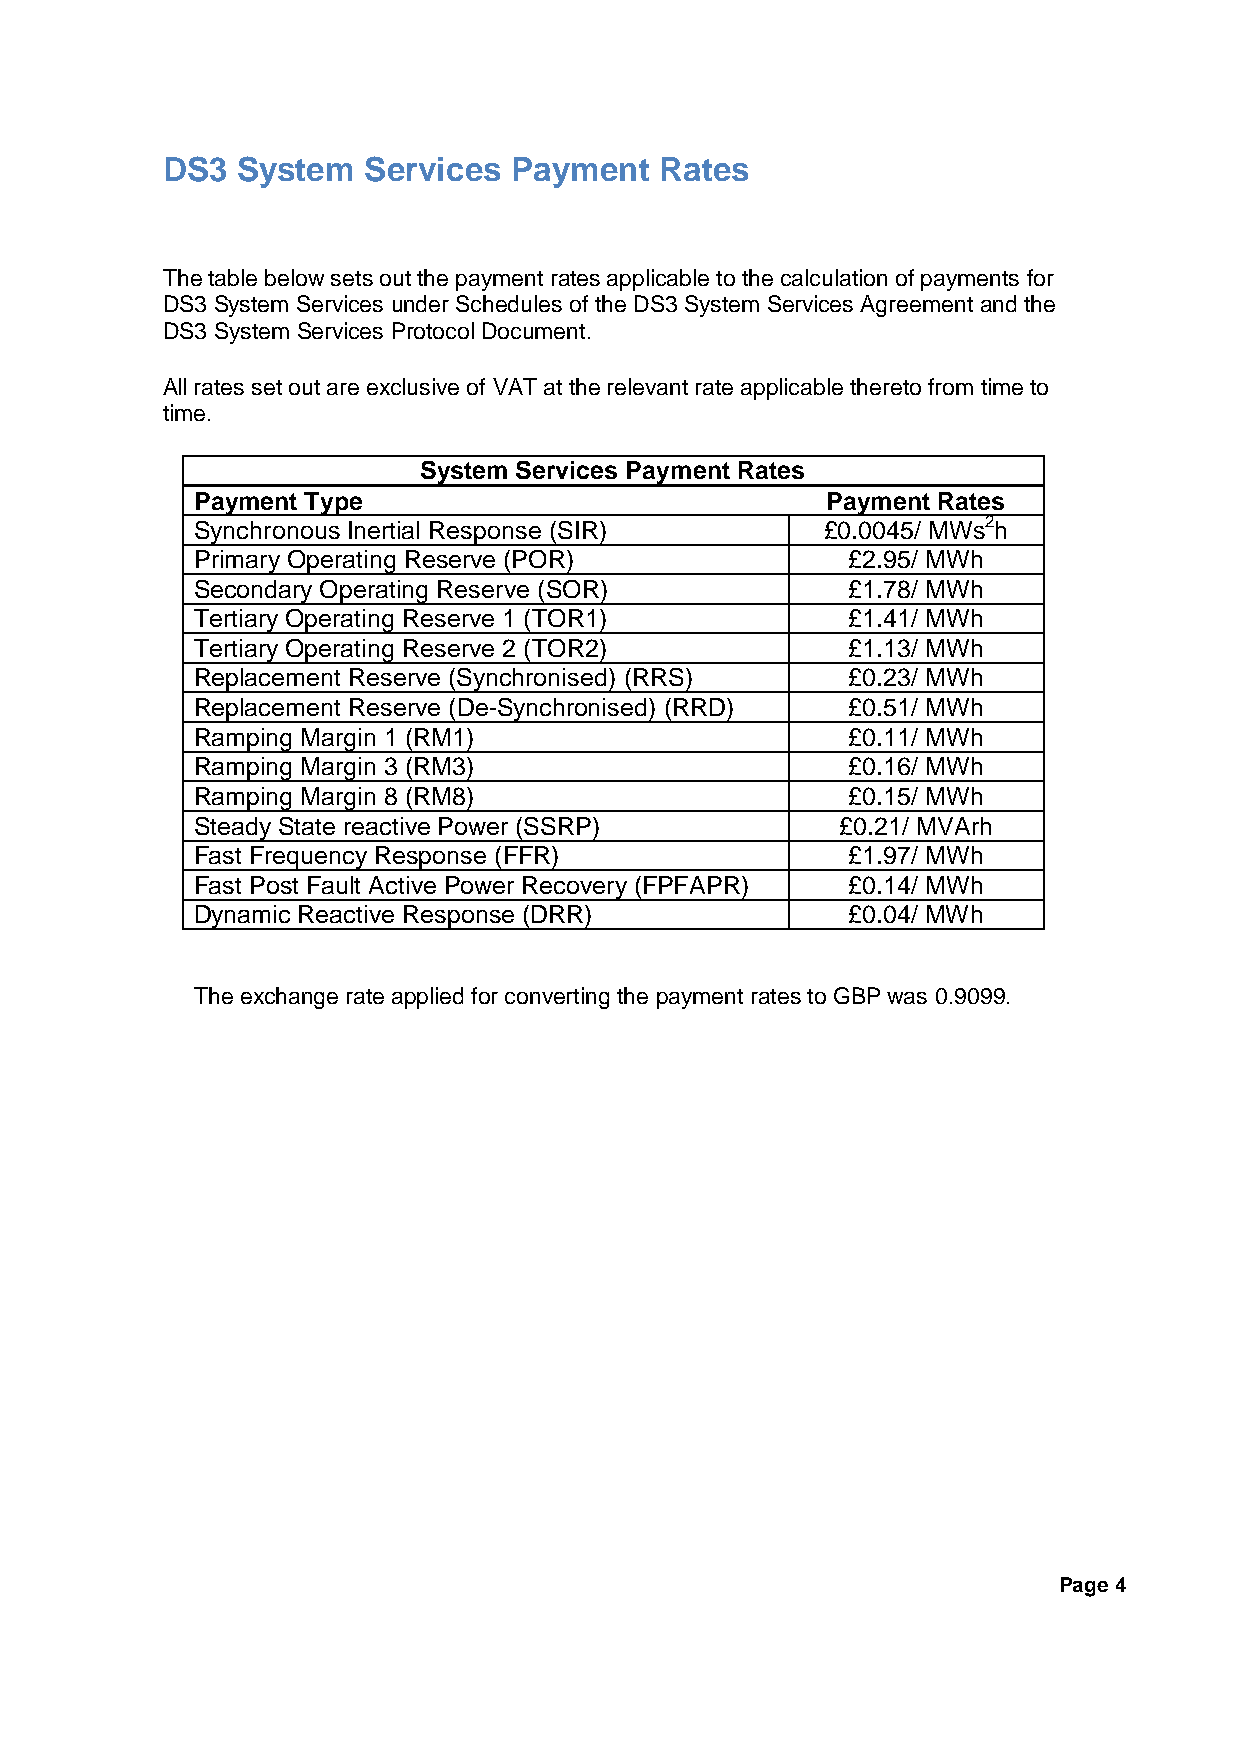
DS3  System  Services  Payment   Rates
 The table below sets out the payment rates applicable to the calculation of payments for
 DS3 System Services under Schedules of the DS3 System Services Agreement and the
 DS3 System Services Protocol Document.
 All rates set out are exclusive of VAT at the relevant rate applicable thereto from time to
 time.
 System Services Payment Rates
 Payment Type                              Payment Rates
 Synchronous Inertial Response (SIR)       £0.0045/ MWs2h
 Primary Operating Reserve (POR)            £2.95/ MWh
 Secondary Operating Reserve (SOR)          £1.78/ MWh
 Tertiary Operating Reserve 1 (TOR1)        £1.41/ MWh
 Tertiary Operating Reserve 2 (TOR2)        £1.13/ MWh
 Replacement Reserve (Synchronised) (RRS)   £0.23/ MWh
 Replacement Reserve (De-Synchronised) (RRD) £0.51/ MWh
 Ramping Margin 1 (RM1)                     £0.11/ MWh
 Ramping Margin 3 (RM3)                     £0.16/ MWh
 Ramping Margin 8 (RM8)                     £0.15/ MWh
 Steady State reactive Power (SSRP)         £0.21/ MVArh
 Fast Frequency Response (FFR)              £1.97/ MWh
 Fast Post Fault Active Power Recovery (FPFAPR) £0.14/ MWh
 Dynamic Reactive Response (DRR)            £0.04/ MWh
 The exchange rate applied for converting the payment rates to GBP was 0.9099.
 Page 4